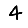
Digit: 4